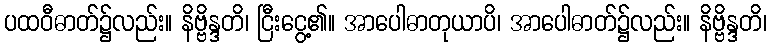
ပထဝီဓာတ်၌လည်း။ နိဗ္ဗိန္ဒတိ၊ ငြီးငွေ့၏။ အာပေါဓာတုယာပိ၊ အာပေါဓာတ်၌လည်း။ နိဗ္ဗိန္ဒတိ၊